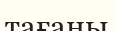
тағаны